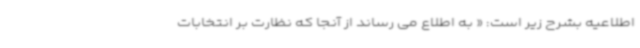
اطلاعیه بشرح زیر است: « به اطلاع می رساند از آنجا که نظارت بر انتخابات